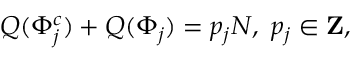
Q ( \Phi _ { j } ^ { c } ) + Q ( \Phi _ { j } ) = p _ { j } N , \ p _ { j } \in { \bf Z } ,